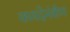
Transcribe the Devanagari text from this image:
कायदेमंत्रीण